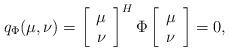
LaTeX: \begin{align*}q_\Phi (\mu,\nu) =\left[\begin{array}{c} \mu \\ \nu \end{array}\right]^H \Phi\left[\begin{array}{c} \mu \\ \nu \end{array}\right] =0, \end{align*}